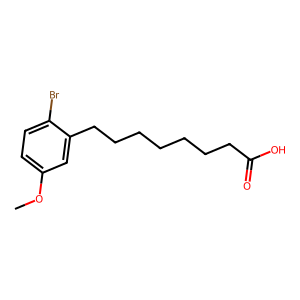
SMILES: COc1ccc(Br)c(CCCCCCCC(=O)O)c1
Inhibits HIV replication: No